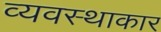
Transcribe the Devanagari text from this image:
व्यवस्थाकार